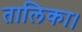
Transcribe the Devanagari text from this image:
तालिका।